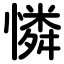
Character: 憐